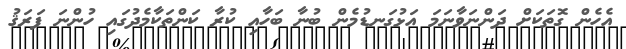
އެހެން ގޮތަކަށް ދަންނަވާނަމަ އަޅުގަނޑުމެން ބުނާ ބަހާއި ކުރާ ކަންތަކާމެދުގައި ހުންނަ ފަރަޤު